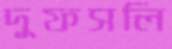
দুফসলি